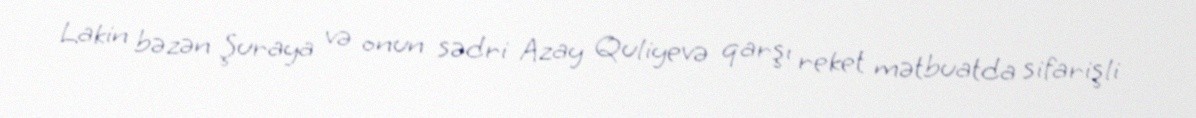
Lakin bəzən Şuraya və onun sədri Azay Quliyevə qarşı reket mətbuatda sifarişli